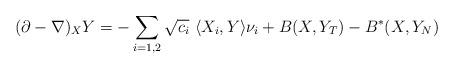
LaTeX: \begin{align*}(\partial-\nabla)_XY= -\sum_{i=1,2}\sqrt{c_i}\ \langle X_i , Y \rangle \nu_i +B(X,Y_T)-B^*(X,Y_N)\end{align*}